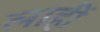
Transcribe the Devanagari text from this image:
लाहीं